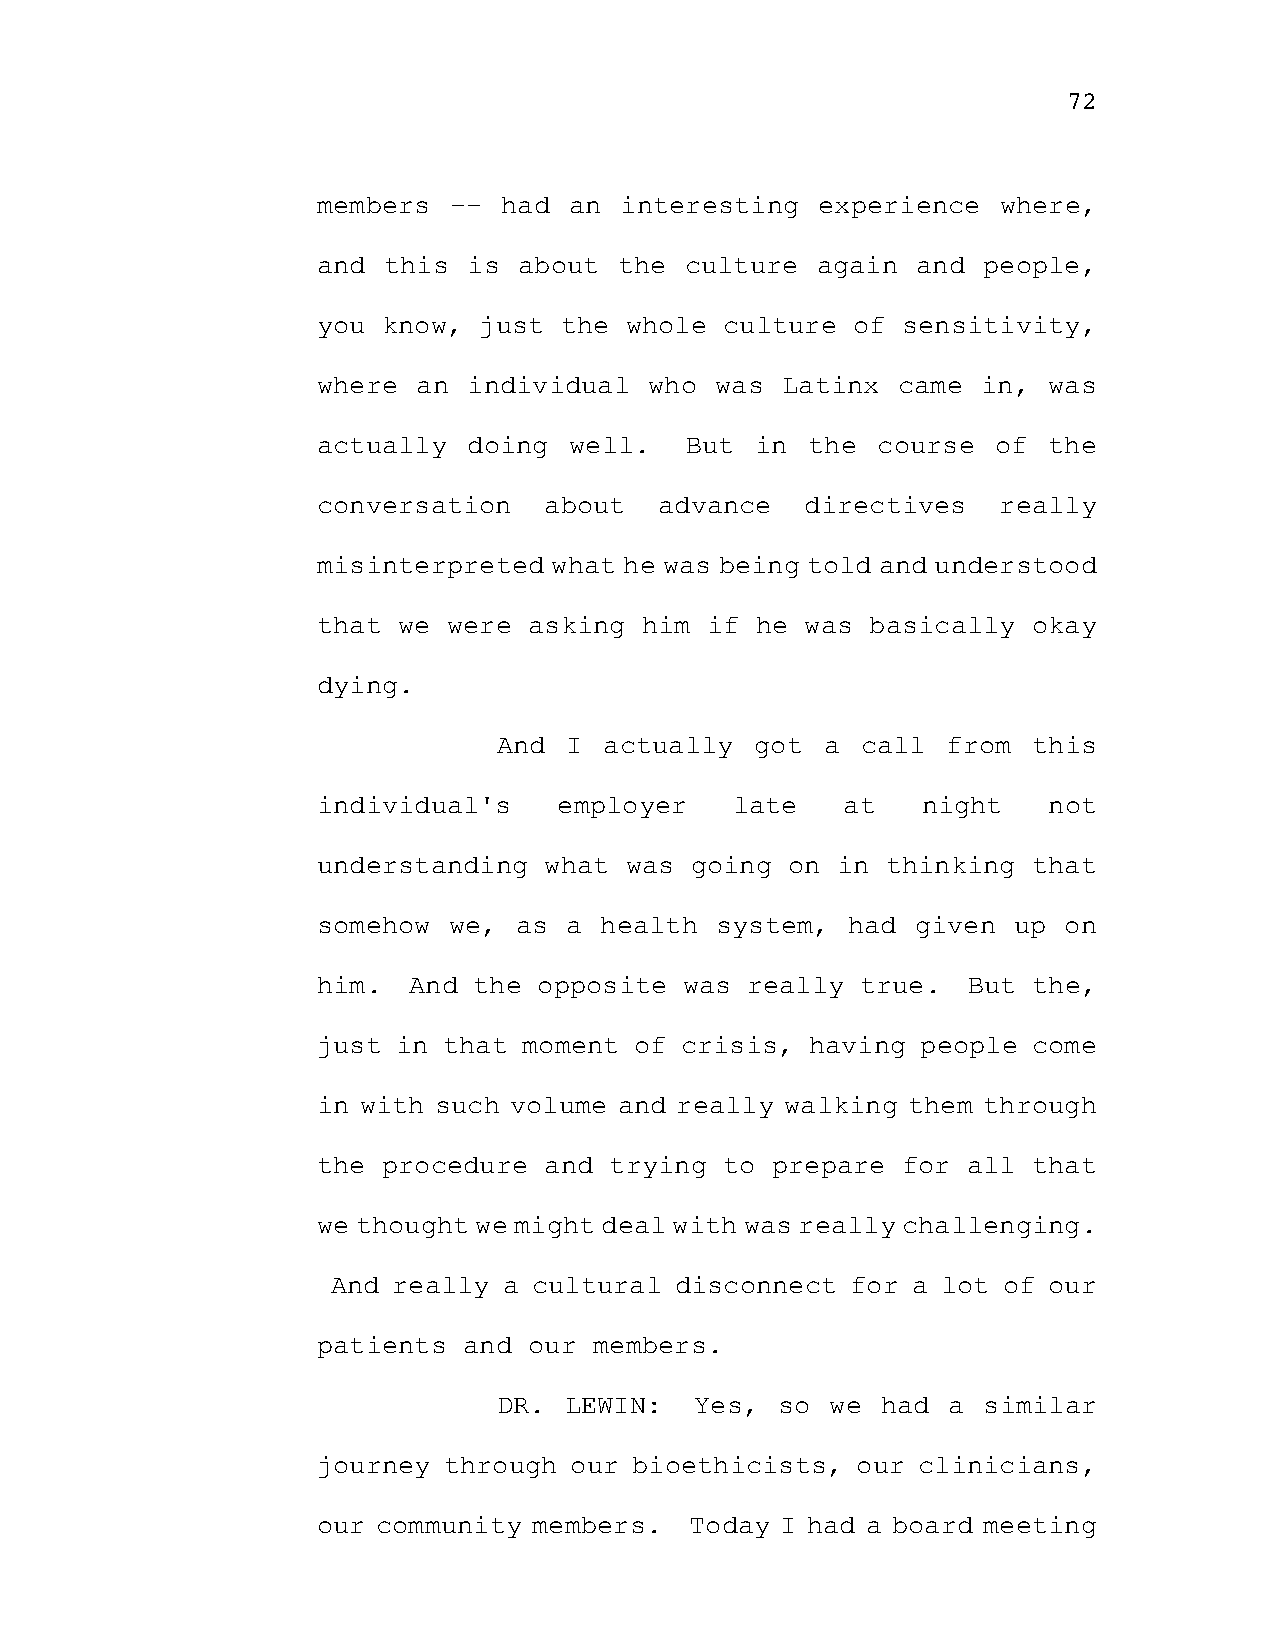
72
 members  -- had  an interesting  experience  where,
 and this  is about  the culture  again  and people,
 you know,  just the whole  culture of  sensitivity,
 where  an individual  who was  Latinx came  in, was
 actually  doing  well.  But  in the  course  of the
 conversation   about   advance  directives   really
 misinterpreted  what he was being told and understood
 that we  were asking  him if he was  basically okay
 dying.
 And  I actually  got  a call  from this
 individual's    employer    late   at   night   not
 understanding  what was  going on in  thinking that
 somehow  we, as a  health system,  had  given up on
 him.  And the  opposite was really  true.  But the,
 just in that  moment of crisis,  having people come
 in with such volume and really walking them through
 the procedure  and trying  to prepare  for all that
 we thought we might deal with was really challenging.
 And really a cultural  disconnect for a lot of our
 patients  and our members.
 DR. LEWIN:   Yes,  so we had  a similar
 journey through  our bioethicists,  our clinicians,
 our community members.   Today I had a board meeting